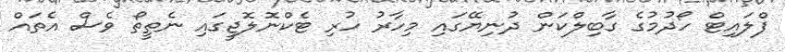
ފްލައިޓް ހޯދުމުގެ ގާބިލްކަން ދުނިޔޭގައި މިހާރު ހުރި ޓެކްނޮލޮޖީގައި ނެތީތޯ ވެސް އެތައް